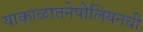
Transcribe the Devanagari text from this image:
याकाळातनेपोलियनची